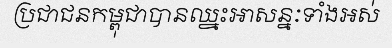
ប្រជាជនកម្ពុជាបានឈ្នះអាសន្នៈទាំងអស់